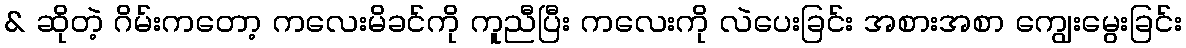
& ဆိုတဲ့ ဂိမ်းကတော့ ကလေးမိခင်ကို ကူညီပြီး ကလေးကို လဲပေးခြင်း အစားအစာ ကျွေးမွေးခြင်း